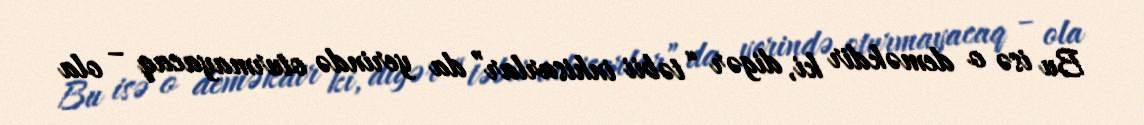
Bu isə o deməkdir ki, digər “təbii inhisarlar” da yerində oturmayacaq – ola